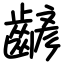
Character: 齴